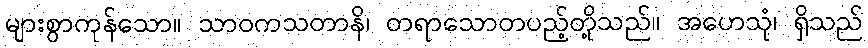
များစွာကုန်သော။ သာဝကသတာနိ၊ တရာသောတပည့်တို့သည်။ အဟေသုံ၊ ရှိသည်